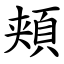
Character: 頬